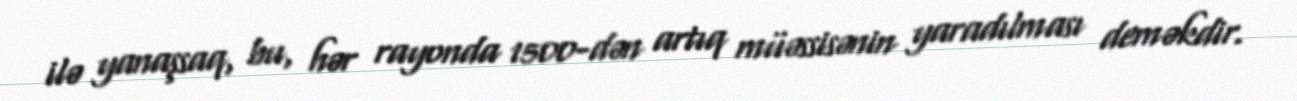
ilə yanaşsaq, bu, hər rayonda 1500-dən artıq müəssisənin yaradılması deməkdir.